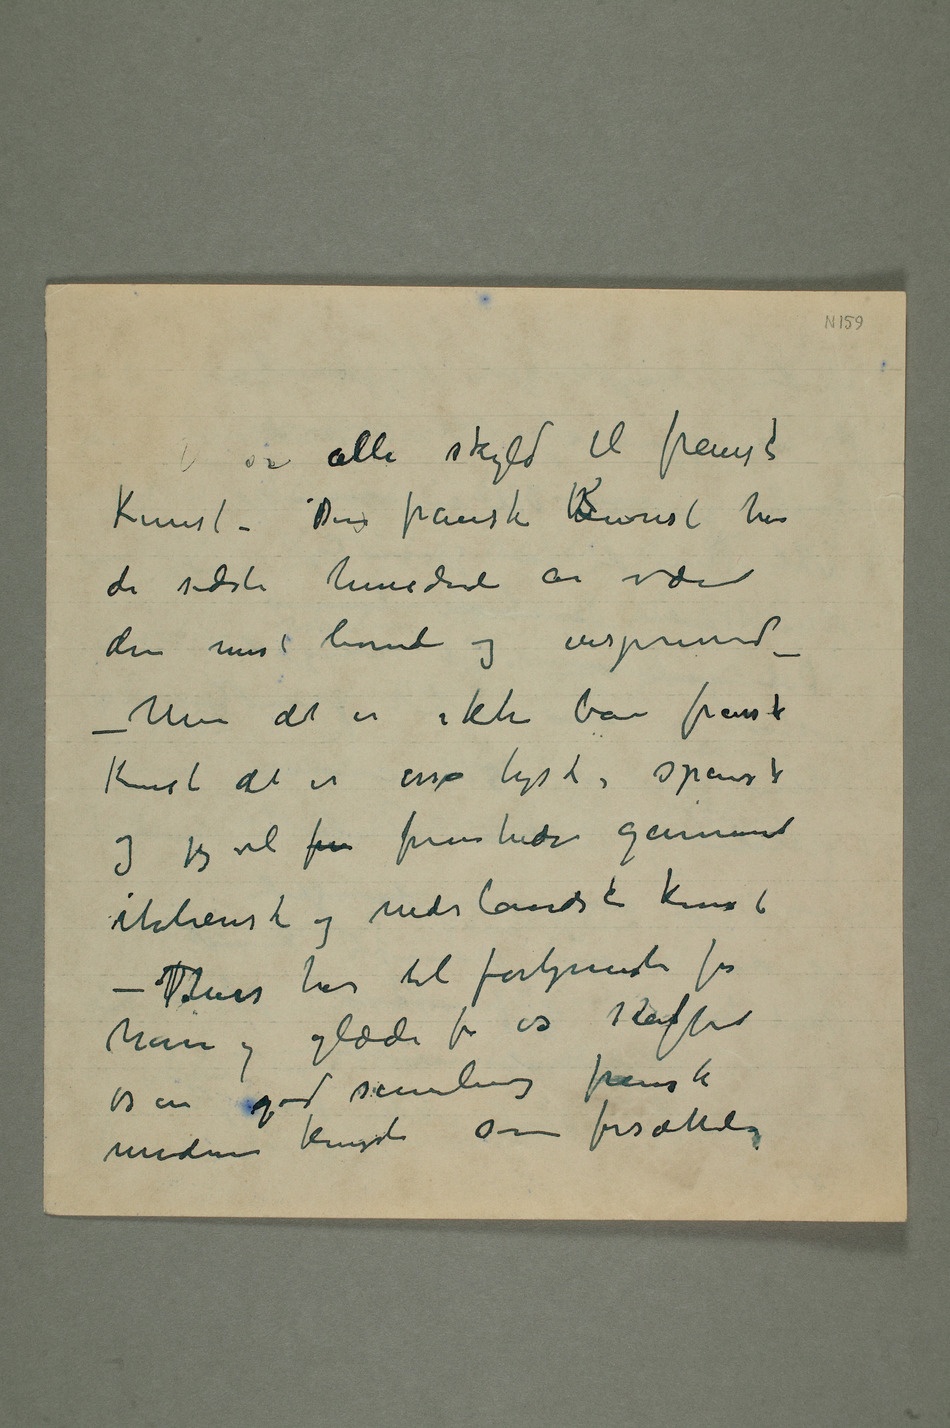
er alle skyld til fransk
Kunst – Den franske kKunst har
de sidste hundrede år vært
den mest levende og inspirerende –
– Men det er ikke bare fransk
Kunst det er osså tysk, spansk
og jeg vil fr fremhæve gammel
italiensk og nederlandsk kunst –
Thiis har til fortjeneste for
ham og glæde for os skaffet
os en god samling fransk
moderne kunst som fortsættelse